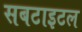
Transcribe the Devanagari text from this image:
सबटाइटल